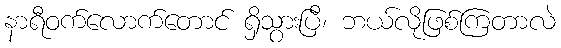
နာရီဝက်လောက်တောင် ရှိသွားပြီ၊ ဘယ်လိုဖြစ်ကြတာလဲ